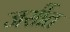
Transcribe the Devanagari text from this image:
जर्सीत